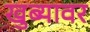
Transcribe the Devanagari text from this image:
खुब्यावर